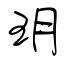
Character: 玥